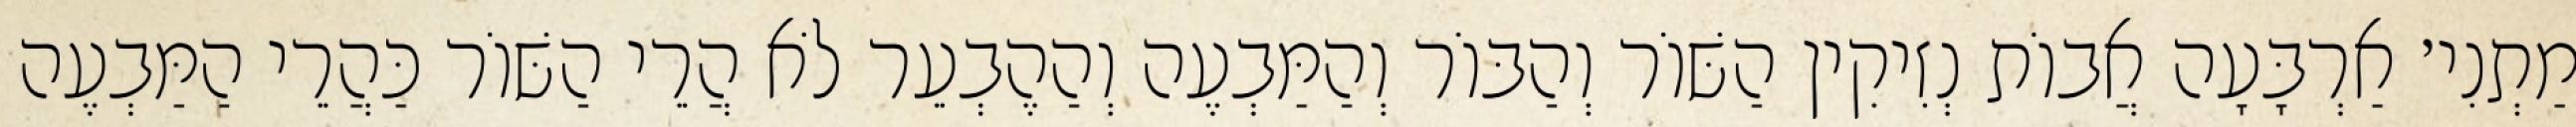
מַתְנִי׳ אַרְבָּעָה אֲבוֹת נְזִיקִין הַשּׁוֹר וְהַבּוֹר וְהַמַּבְעֶה וְהַהֶבְעֵר לֹא הֲרֵי הַשּׁוֹר כַּהֲרֵי הַמַּבְעֶה